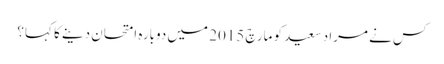
کس نے مراد سعید کو مارچ 2015 میں دوبارہ امتحان دینے کا کہا؟